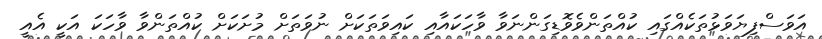
އަވަސްފިޔަވަޅުތަކެއްގައި ކުއްތަންވެވޮޑިގަންނަވާ ވާހަކައާއި ކައިވަތަކަށް ނުވަތަށް މުށަކަށް ކުއްތަންވާ ވާހަކަ އަކީ އެއީ